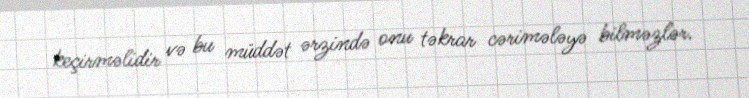
keçirməlidir və bu müddət ərzində onu təkrar cərimələyə bilməzlər.